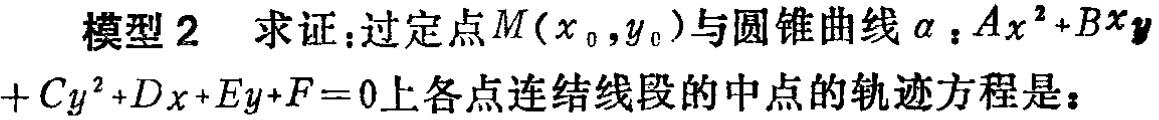
模型2 求证：过定点\(M(x_0,y_0)\)与圆锥曲线\(\alpha:Ax^{2}+Bxy + Cy^{2}+Dx + Ey+F = 0\)上各点连结线段的中点的轨迹方程是：